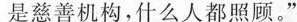
是慈善机构，什么人都照顾。